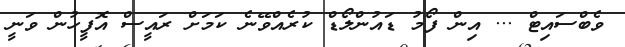
ވެބްސައިޓް ... އިން ފޯމު ޑައުންލޯޑް ކުރެއްވޭނެ ކަމަށް ރައީސް އޮފީހުން ވަނީ